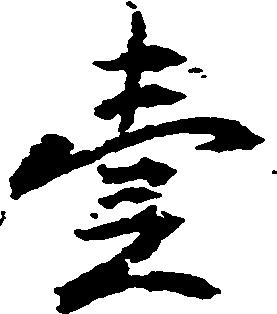
壱